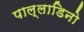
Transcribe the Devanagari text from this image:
पाल्लाडिनो